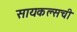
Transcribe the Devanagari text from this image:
सायकल्सची